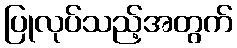
ပြုလုပ်သည့်အတွက်